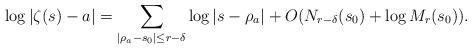
LaTeX: \begin{align*}\log |\zeta(s)-a|=\sum_{|\rho_a-s_0|\leq r-\delta} \log |s-\rho_a|+O(N_{r-\delta}(s_0)+\log M_{r}(s_0)).\end{align*}